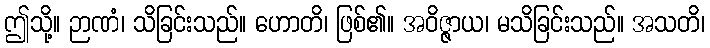
ဤသို့။ ဉာဏံ၊ သိခြင်းသည်။ ဟောတိ၊ ဖြစ်၏။ အဝိဇ္ဇာယ၊ မသိခြင်းသည်။ အသတိ၊